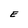
Character: E